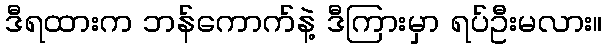
ဒီရထားက ဘန်ကောက်နဲ့ ဒီကြားမှာ ရပ်ဦးမလား။